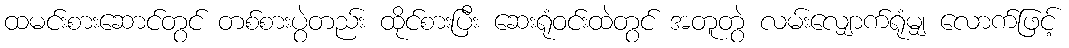
ထမင်းစားဆောင်တွင် တစ်စားပွဲတည်း ထိုင်စားပြီး ဆေးရုံဝင်းထဲတွင် အတူတွဲ လမ်းလျှောက်ရုံမျှ လောက်ဖြင့်